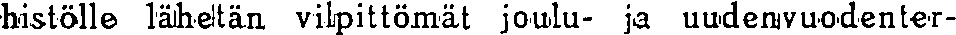
histölle lähetän vilpittömät joulu- ja uudenvuodenter-